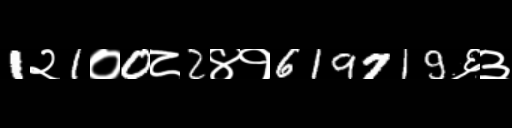
Text: 1२1०0८2४१619719६३